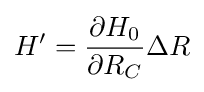
H'={\frac {\partial {{H}_{0}}}{\partial {{R}_{C}}}}\Delta R